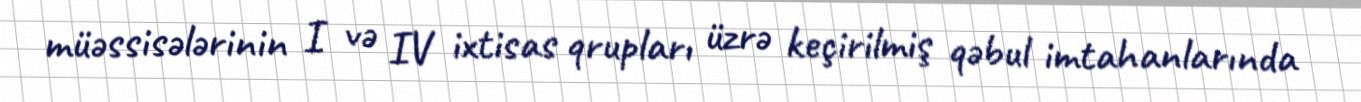
müəssisələrinin I və IV ixtisas qrupları üzrə keçirilmiş qəbul imtahanlarında